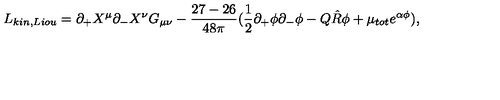
L _ { k i n , L i o u } = \partial _ { + } X ^ { \mu } \partial _ { - } X ^ { \nu } G _ { \mu \nu } - \frac { 2 7 - 2 6 } { 4 8 \pi } ( \frac { 1 } { 2 } \partial _ { + } \phi \partial _ { - } \phi - Q \hat { R } \phi + \mu _ { t o t } e ^ { \alpha \phi } ) ,